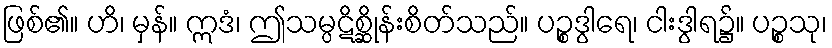
ဖြစ်၏။ ဟိ၊ မှန်။ ဣဒံ၊ ဤသမ္ပဋိစ္ဆိုန်းစိတ်သည်။ ပဉ္စဒွါရေ၊ ငါးဒွါရ၌။ ပဉ္စသု၊